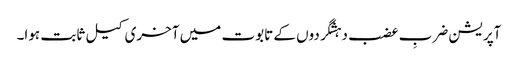
آپریشن ضربِ عضب دہشگردوں کے تابوت میں آخری کیل ثابت ہوا۔